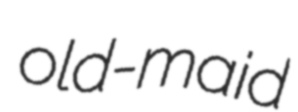
old-maid